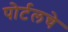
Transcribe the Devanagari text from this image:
पोर्टलचे